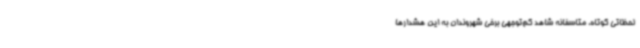
لحظاتی کوتاه، متاسفانه شاهد کم‌توجهی برخی شهروندان به این هشدارها